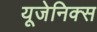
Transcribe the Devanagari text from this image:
यूजेनिक्स